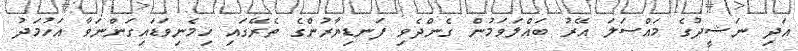
އަދި ނަޝީދުގެ މައްސަލަ އޭރު ބައްލަވަމުން ގެންދެވި ފަނޑިޔާރުންގެ ތެރޭގައި ހިމެނިވަޑައިގަންނަވާ އަހުމަދު